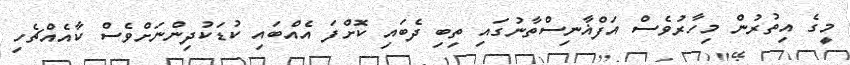
މީގެ އިތުރުން މިހާރުވެސް އަފްޣާނިސްތާނުގައި ތިބި ދެބައި ކޮށްފަ އެއްބައި ކުޑަކުދިންނަށްވެސް ކާއެއްޗެހި